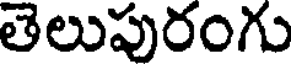
తెలుపురంగు